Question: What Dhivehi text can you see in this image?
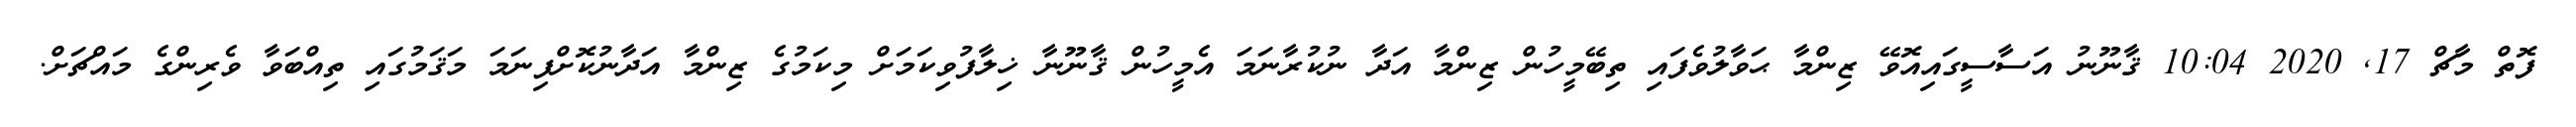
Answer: ފޮތް މާޗް 17, 2020 10:04 ޤާނޫނު އަސާސީގައިއޮވޭ ޒިންމާ ޙަވާލުވެފައި ތިބޭމީހުން ޒިންމާ އަދާ ނުކުރާނަމަ އެމީހުން ޤާނޫނާ ޚިލާފުވިކަމަށް މިކަމުގެ ޒިންމާ އަދާނުކޮށްފިނަމަ މަޤަމުގައި ތިއްބަވާ ވެރިންގެ މައްޗަށް.